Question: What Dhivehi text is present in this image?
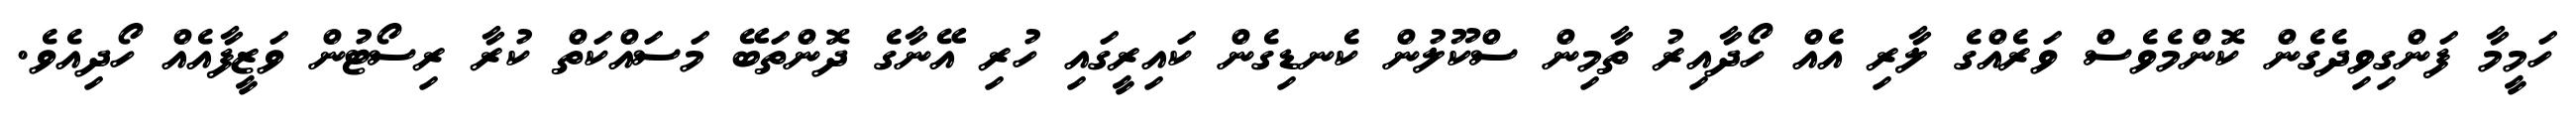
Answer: ހަމީމާ ފަންގިވިދެގެން ކޮންމެވެސް ވަރެއްގެ ލާރި އެއް ހޯދާއިރު ތާމިން ސްކޫލުން ކެނޑިގެން ކައިރީގައި ހުރި އޭނާގެ ދޮންތަބޭ މަސައްކަތް ކުރާ ރިސޯޓުން ވަޒީފާއެއް ހޯދިއެވެ.